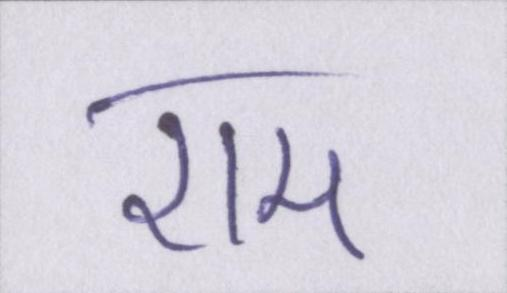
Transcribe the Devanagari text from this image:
राम